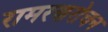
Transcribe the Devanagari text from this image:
रामरणरोचन